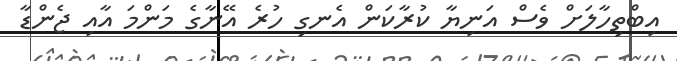
އިބްތިހާލަށް ވެސް އަނިޔާ ކުރާކަން އެނގި ހުރެ އޭނާގެ މަންމަ އާއި ޖެންޑާ